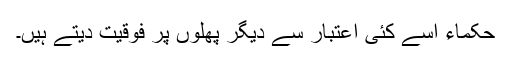
حکماء اسے کئی اعتبار سے دیگر پھلوں پر فوقیت دیتے ہیں۔